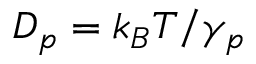
D _ { p } = k _ { B } T / \gamma _ { p }